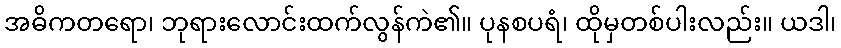
အဓိကတရော၊ ဘုရားလောင်းထက်လွန်ကဲ၏။ ပုနစပရံ၊ ထိုမှတစ်ပါးလည်း။ ယဒါ၊